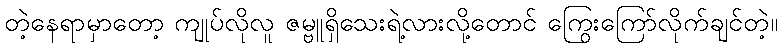
တဲ့နေရာမှာတော့ ကျုပ်လိုလူ ဇမ္ဗူရှိသေးရဲ့လားလို့တောင် ကြွေးကြော်လိုက်ချင်တဲ့။